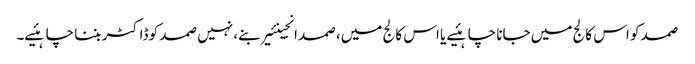
صمد کو اس کالج میں جانا چاہئیے یا اس کالج میں، صمد انجینئیر بنے، نہیں صمد کو ڈاکٹر بننا چاہئیے۔